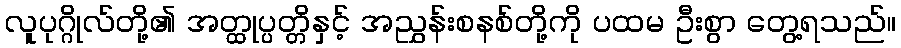
လူပုဂ္ဂိုလ်တို့၏ အတ္ထုပ္ပတ္တိနှင့် အညွှန်းစနစ်တို့ကို ပထမ ဦးစွာ တွေ့ရသည်။